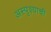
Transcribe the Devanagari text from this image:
अस्पृश्याची